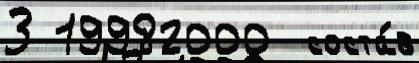
3 19982000  соста́в